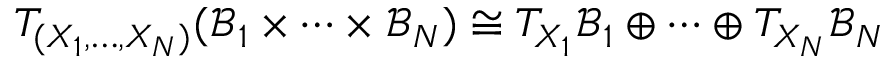
T _ { ( X _ { 1 } , \hdots , X _ { N } ) } ( \mathcal { B } _ { 1 } \times \cdots \times \mathcal { B } _ { N } ) \cong T _ { X _ { 1 } } \mathcal { B } _ { 1 } \oplus \cdots \oplus T _ { X _ { N } } \mathcal { B } _ { N }